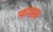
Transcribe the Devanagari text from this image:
फादक